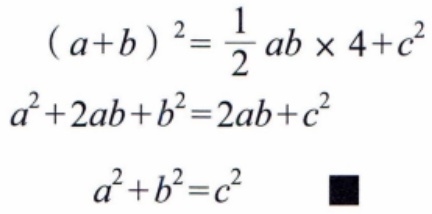
\[
\begin{align*}
(a + b)^2&=\frac{1}{2}ab\times4 + c^2\\
a^2 + 2ab + b^2&=2ab + c^2\\
a^2 + b^2&=c^2\quad\blacksquare
\end{align*}
\]